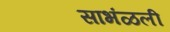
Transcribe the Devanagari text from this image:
साभंळली